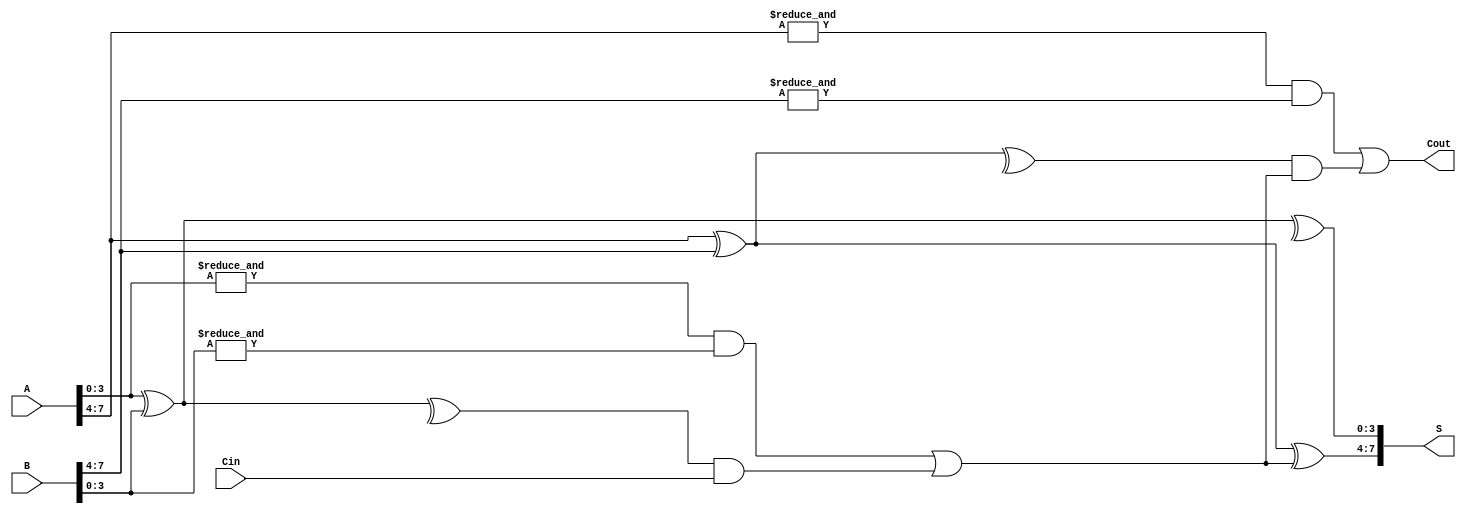
module Hierarchical_CLA #(parameter WIDTH = 8, GROUP_SIZE = 4)(
    input [WIDTH-1:0] A,          // First binary number
    input [WIDTH-1:0] B,          // Second binary number
    input Cin,                    // Carry in
    output [WIDTH-1:0] S,         // Sum output
    output Cout                    // Carry out
);

    // Number of groups
    localparam NUM_GROUPS = WIDTH / GROUP_SIZE;

    // Group generate and propagate signals
    wire [NUM_GROUPS-1:0] G;      // Generate signals
    wire [NUM_GROUPS-1:0] P;      // Propagate signals
    wire [NUM_GROUPS:0] C;         // Carry signals
  
    // Local sum outputs for each group
    wire [WIDTH-1:0] local_S;

    // Calculate Generate and Propagate for each group
    genvar i;
    generate
        for (i = 0; i < NUM_GROUPS; i = i + 1) begin : group
            wire [GROUP_SIZE-1:0] A_group = A[i*GROUP_SIZE +: GROUP_SIZE];
            wire [GROUP_SIZE-1:0] B_group = B[i*GROUP_SIZE +: GROUP_SIZE];

            // Local Generate and Propagate calculations
            assign G[i] = &A_group & &B_group; // Generate: Gi = Ai AND Bi
            assign P[i] = ^(A_group ^ B_group); // Propagate: Pi = Ai XOR Bi

            // Local carry calculation
            if (i == 0) begin
                assign C[i+1] = G[i] | (P[i] & Cin); // First group
            end else begin
                assign C[i+1] = G[i] | (P[i] & C[i]); // Subsequent groups
            end

            // Local sum calculation
            assign local_S[i*GROUP_SIZE +: GROUP_SIZE] = A_group ^ B_group ^ C[i];
        end
    endgenerate

    // Final sum output
    assign S = local_S;
    // Final carry out
    assign Cout = C[NUM_GROUPS];

endmodule